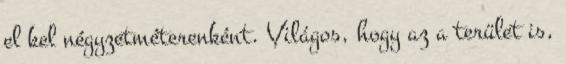
el kel négyzetméterenként. Világos, hogy az a terület is,